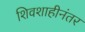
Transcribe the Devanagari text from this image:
शिवशाहीनंतर